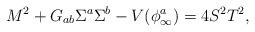
LaTeX: \begin{align*}M^2+G_{ab}\Sigma^a\Sigma^b-V(\phi^a_{\infty})=4S^2T^2,\end{align*}